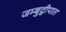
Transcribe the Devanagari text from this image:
जम्बुद्वीपात